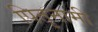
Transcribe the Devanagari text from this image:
पितृनामी